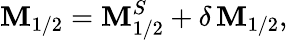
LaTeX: \mathbf{M}_{1/2}=\mathbf{M}_{1/2}^{S}+\delta\, \mathbf{M}_{1/2},